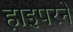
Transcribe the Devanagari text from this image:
हाइपरने